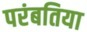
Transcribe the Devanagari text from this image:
परंबतिया